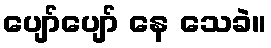
ပျော်ပျော် နေ သေခဲ။